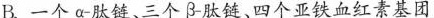
B.一个α肽链、三个β肽链、四个亚铁血红素基团